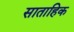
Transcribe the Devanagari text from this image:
साताहिक